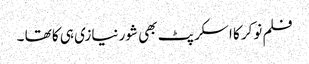
فلم نوکر کا اسکرپٹ بھی شور نیازی ہی کا تھا ۔